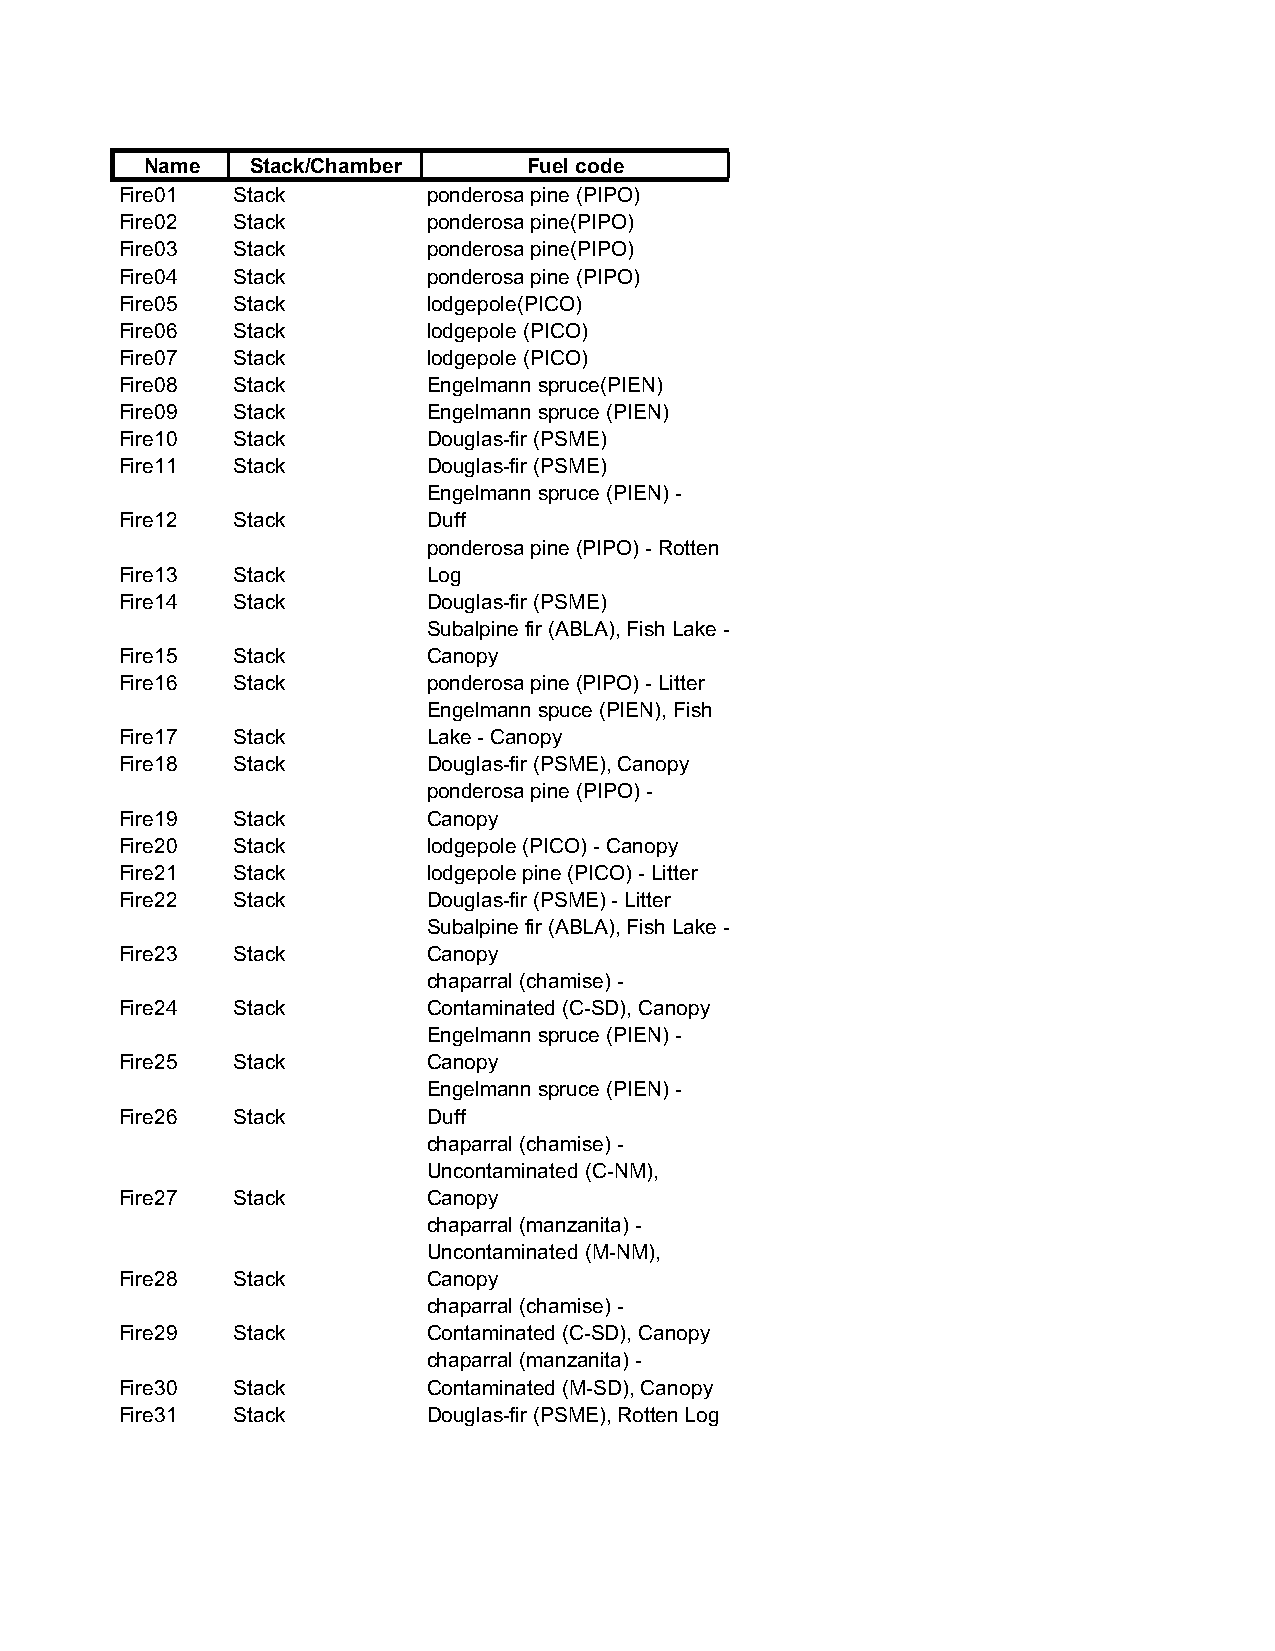
Name   Stack/Chamber     Fuel code
 Fire01 Stack        ponderosa pine (PIPO)
 Fire02 Stack        ponderosa pine(PIPO)
 Fire03 Stack        ponderosa pine(PIPO)
 Fire04 Stack        ponderosa pine (PIPO)
 Fire05 Stack        lodgepole(PICO)
 Fire06 Stack        lodgepole (PICO)
 Fire07 Stack        lodgepole (PICO)
 Fire08 Stack        Engelmann spruce(PIEN)
 Fire09 Stack        Engelmann spruce (PIEN)
 Fire10 Stack        Douglas-fir (PSME)
 Fire11 Stack        Douglas-fir (PSME)
 Engelmann spruce (PIEN) -
 Fire12 Stack        Duff
 ponderosa pine (PIPO) - Rotten
 Fire13 Stack        Log
 Fire14 Stack        Douglas-fir (PSME)
 Subalpine fir (ABLA), Fish Lake -
 Fire15 Stack        Canopy
 Fire16 Stack        ponderosa pine (PIPO) - Litter
 Engelmann spuce (PIEN), Fish
 Fire17 Stack        Lake - Canopy
 Fire18 Stack        Douglas-fir (PSME), Canopy
 ponderosa pine (PIPO) -
 Fire19 Stack        Canopy
 Fire20 Stack        lodgepole (PICO) - Canopy
 Fire21 Stack        lodgepole pine (PICO) - Litter
 Fire22 Stack        Douglas-fir (PSME) - Litter
 Subalpine fir (ABLA), Fish Lake -
 Fire23 Stack        Canopy
 chaparral (chamise) -
 Fire24 Stack        Contaminated (C-SD), Canopy
 Engelmann spruce (PIEN) -
 Fire25 Stack        Canopy
 Engelmann spruce (PIEN) -
 Fire26 Stack        Duff
 chaparral (chamise) -
 Uncontaminated (C-NM),
 Fire27 Stack        Canopy
 chaparral (manzanita) -
 Uncontaminated (M-NM),
 Fire28 Stack        Canopy
 chaparral (chamise) -
 Fire29 Stack        Contaminated (C-SD), Canopy
 chaparral (manzanita) -
 Fire30 Stack        Contaminated (M-SD), Canopy
 Fire31 Stack        Douglas-fir (PSME), Rotten Log